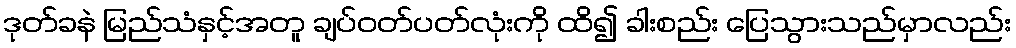
ဒုတ်ခနဲ မြည်သံနှင့်အတူ ချပ်ဝတ်ပတ်လုံးကို ထိ၍ ခါးစည်း ပြေသွားသည်မှာလည်း